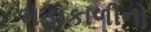
મહાકાળીનો